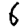
Digit: 6